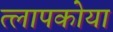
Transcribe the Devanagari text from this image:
त्लापकोया